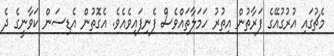
މެޗުގައި އުރުގުއޭގެ ފަރާތުން އިތުރުު ހަމަލާތައްވެސް ފެނިފައިވެއެވެ. އެގޮތުން އެޑިސަން ކަވާނީގެ ދެ